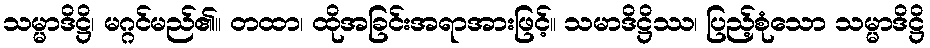
သမ္မာဒိဋ္ဌိ၊ မဂ္ဂင်မည်၏။ တထာ၊ ထိုအခြင်းအရာအားဖြင့်။ သမာဒိဋ္ဌိဿ၊ ပြည့်စုံသော သမ္မာဒိဋ္ဌိ